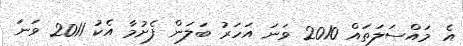
އެ މައްސަލަތައް 2010 ވަނަ އަހަރު ބަލަން ފެށުމާ އެކު 2011 ވަނަ